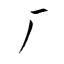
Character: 厂